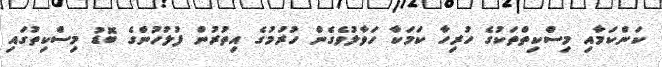
ކަންކަމާއި މިސްކިތްތަކުގެ ހުރިހާ ކަމަކާ ހަވާލުވެގެން ހުރުމުގެ އިތުރުން ފުލުހުންގެ ބޮޑު މިސްކިތުގައި